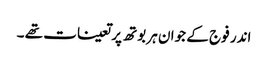
اندر فوج کے جوان ہر بوتھ پر تعینات تھے ۔